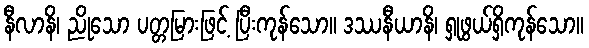
နီလာနိ၊ ညိုသော ပတ္တမြားဖြင့် ပြီးကုန်သော။ ဒဿနီယာနိ၊ ရှုဖွယ်ရှိကုန်သော။